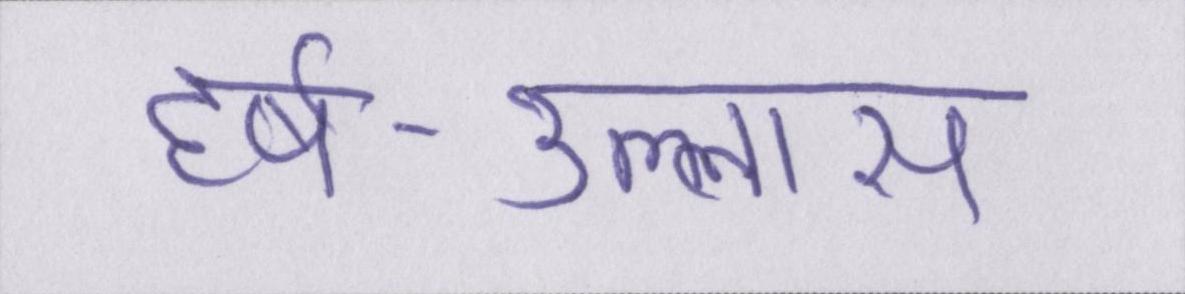
हर्ष-उल्लास